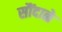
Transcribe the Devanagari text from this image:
सौंदाळे